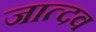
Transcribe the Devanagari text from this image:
जात्दव